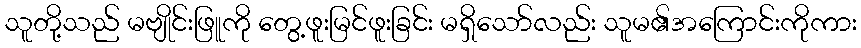
သူတို့သည် မဗျိုင်းဖြူကို တွေ့ဖူးမြင်ဖူးခြင်း မရှိသော်လည်း သူမ၏အကြောင်းကိုကား